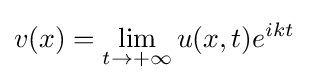
v(x)=\lim _{t\to +\infty }u(x,t)e^{ikt}